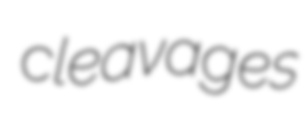
cleavages